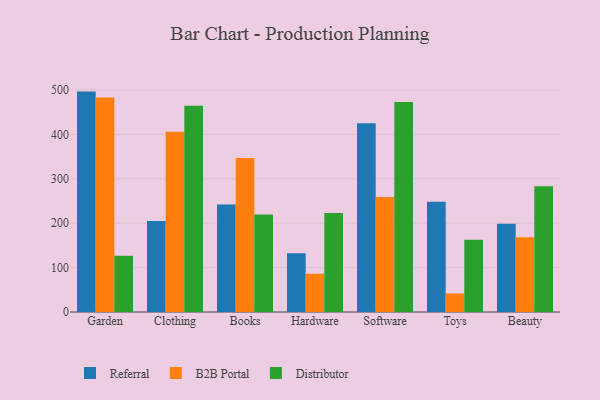
{"axis": {"x": "Category", "y": "Customer Acquisition Cost (USD)"}, "legend": ["B2B Portal", "Distributor", "Referral"], "data": [{"x": "Garden", "y": 496.4, "type": "Referral"}, {"x": "Garden", "y": 483.1, "type": "B2B Portal"}, {"x": "Garden", "y": 126.6, "type": "Distributor"}, {"x": "Clothing", "y": 204.7, "type": "Referral"}, {"x": "Clothing", "y": 405.7, "type": "B2B Portal"}, {"x": "Clothing", "y": 464.4, "type": "Distributor"}, {"x": "Books", "y": 241.9, "type": "Referral"}, {"x": "Books", "y": 346.8, "type": "B2B Portal"}, {"x": "Books", "y": 219.7, "type": "Distributor"}, {"x": "Hardware", "y": 132.4, "type": "Referral"}, {"x": "Hardware", "y": 86.2, "type": "B2B Portal"}, {"x": "Hardware", "y": 223.1, "type": "Distributor"}, {"x": "Software", "y": 425.2, "type": "Referral"}, {"x": "Software", "y": 258.9, "type": "B2B Portal"}, {"x": "Software", "y": 473.0, "type": "Distributor"}, {"x": "Toys", "y": 248.1, "type": "Referral"}, {"x": "Toys", "y": 41.8, "type": "B2B Portal"}, {"x": "Toys", "y": 163.0, "type": "Distributor"}, {"x": "Beauty", "y": 198.9, "type": "Referral"}, {"x": "Beauty", "y": 168.1, "type": "B2B Portal"}, {"x": "Beauty", "y": 283.1, "type": "Distributor"}]}